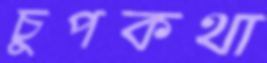
চুপকথা